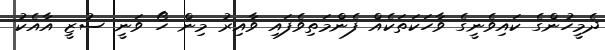
ދެމީހުންގެ ކައިވެނީގެ ވާހަކަތަކެއް ފެންމަތިވެފައި ވާއިރު މިން ހޯ ވަނީ ސުޒީ އާއެކު